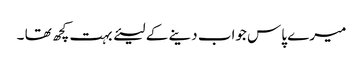
میرے پاس جواب دینے کے لیئے بہت کچھ تھا ۔